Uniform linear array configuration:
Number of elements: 24
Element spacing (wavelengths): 1
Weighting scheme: kaiser
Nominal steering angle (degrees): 15
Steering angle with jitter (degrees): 16.101
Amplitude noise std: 0.05
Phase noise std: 0.05

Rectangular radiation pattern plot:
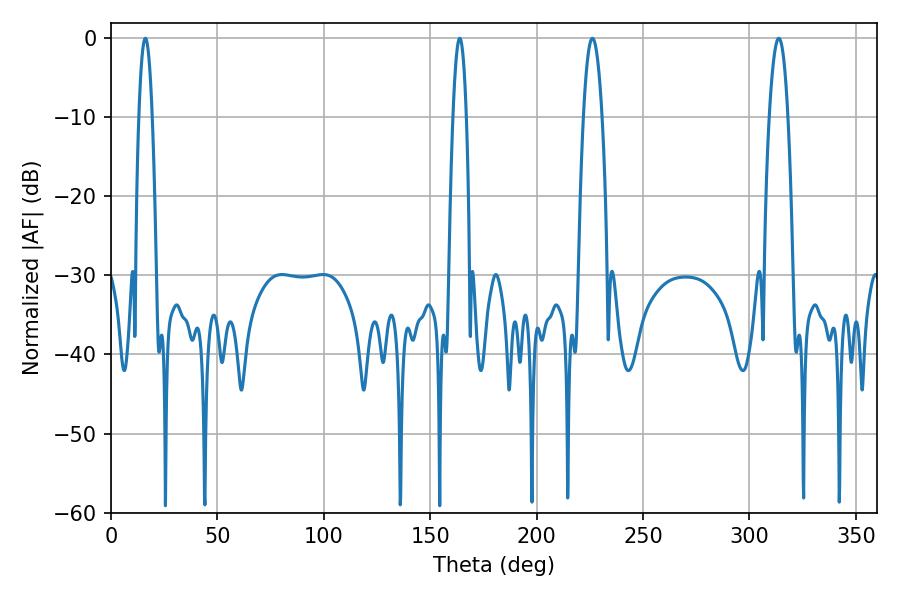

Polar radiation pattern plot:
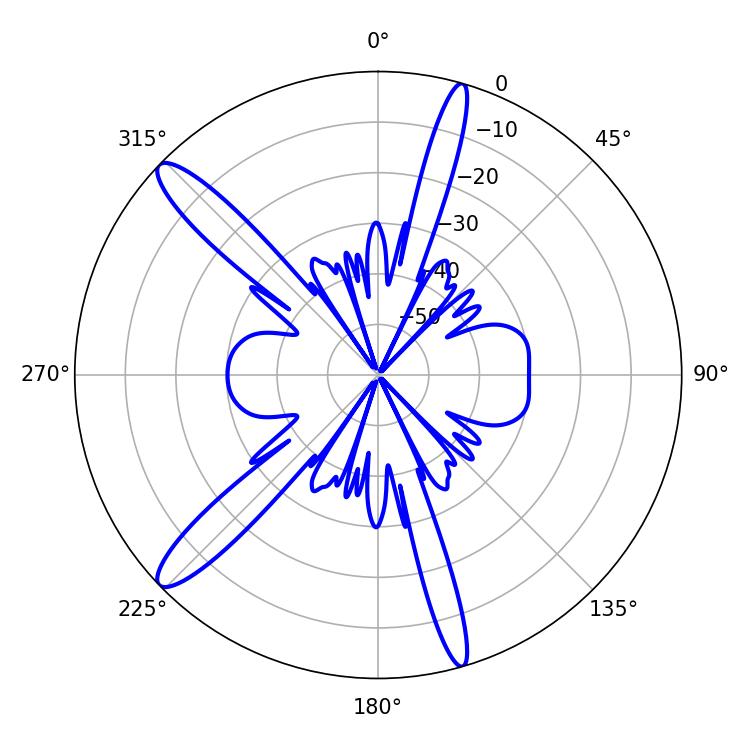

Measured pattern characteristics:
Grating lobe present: TRUE
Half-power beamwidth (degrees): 4.68
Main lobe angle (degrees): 313.74